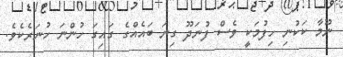
ނޫމާ ކަކުނި ހިފުމަކީ ވެސް ފުނަދޫ ގިނަ ބައެއްގެ ގައިގަ ހުންނަ ހުނަރެކެވެ.